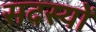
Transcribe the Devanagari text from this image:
सदस्याें